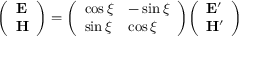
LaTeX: { \left( \begin{array} { l } { \mathbf { E } } \\ { \mathbf { H } } \end{array} \right) } = { \left( \begin{array} { l l } { \cos \xi } & { - \sin \xi } \\ { \sin \xi } & { \cos \xi } \end{array} \right) } { \left( \begin{array} { l } { \mathbf { E ^ { \prime } } } \\ { \mathbf { H ^ { \prime } } } \end{array} \right) }